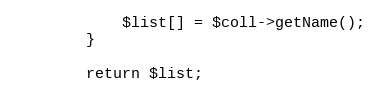
Language: PHP
            $list[] = $coll->getName();
        }

        return $list;